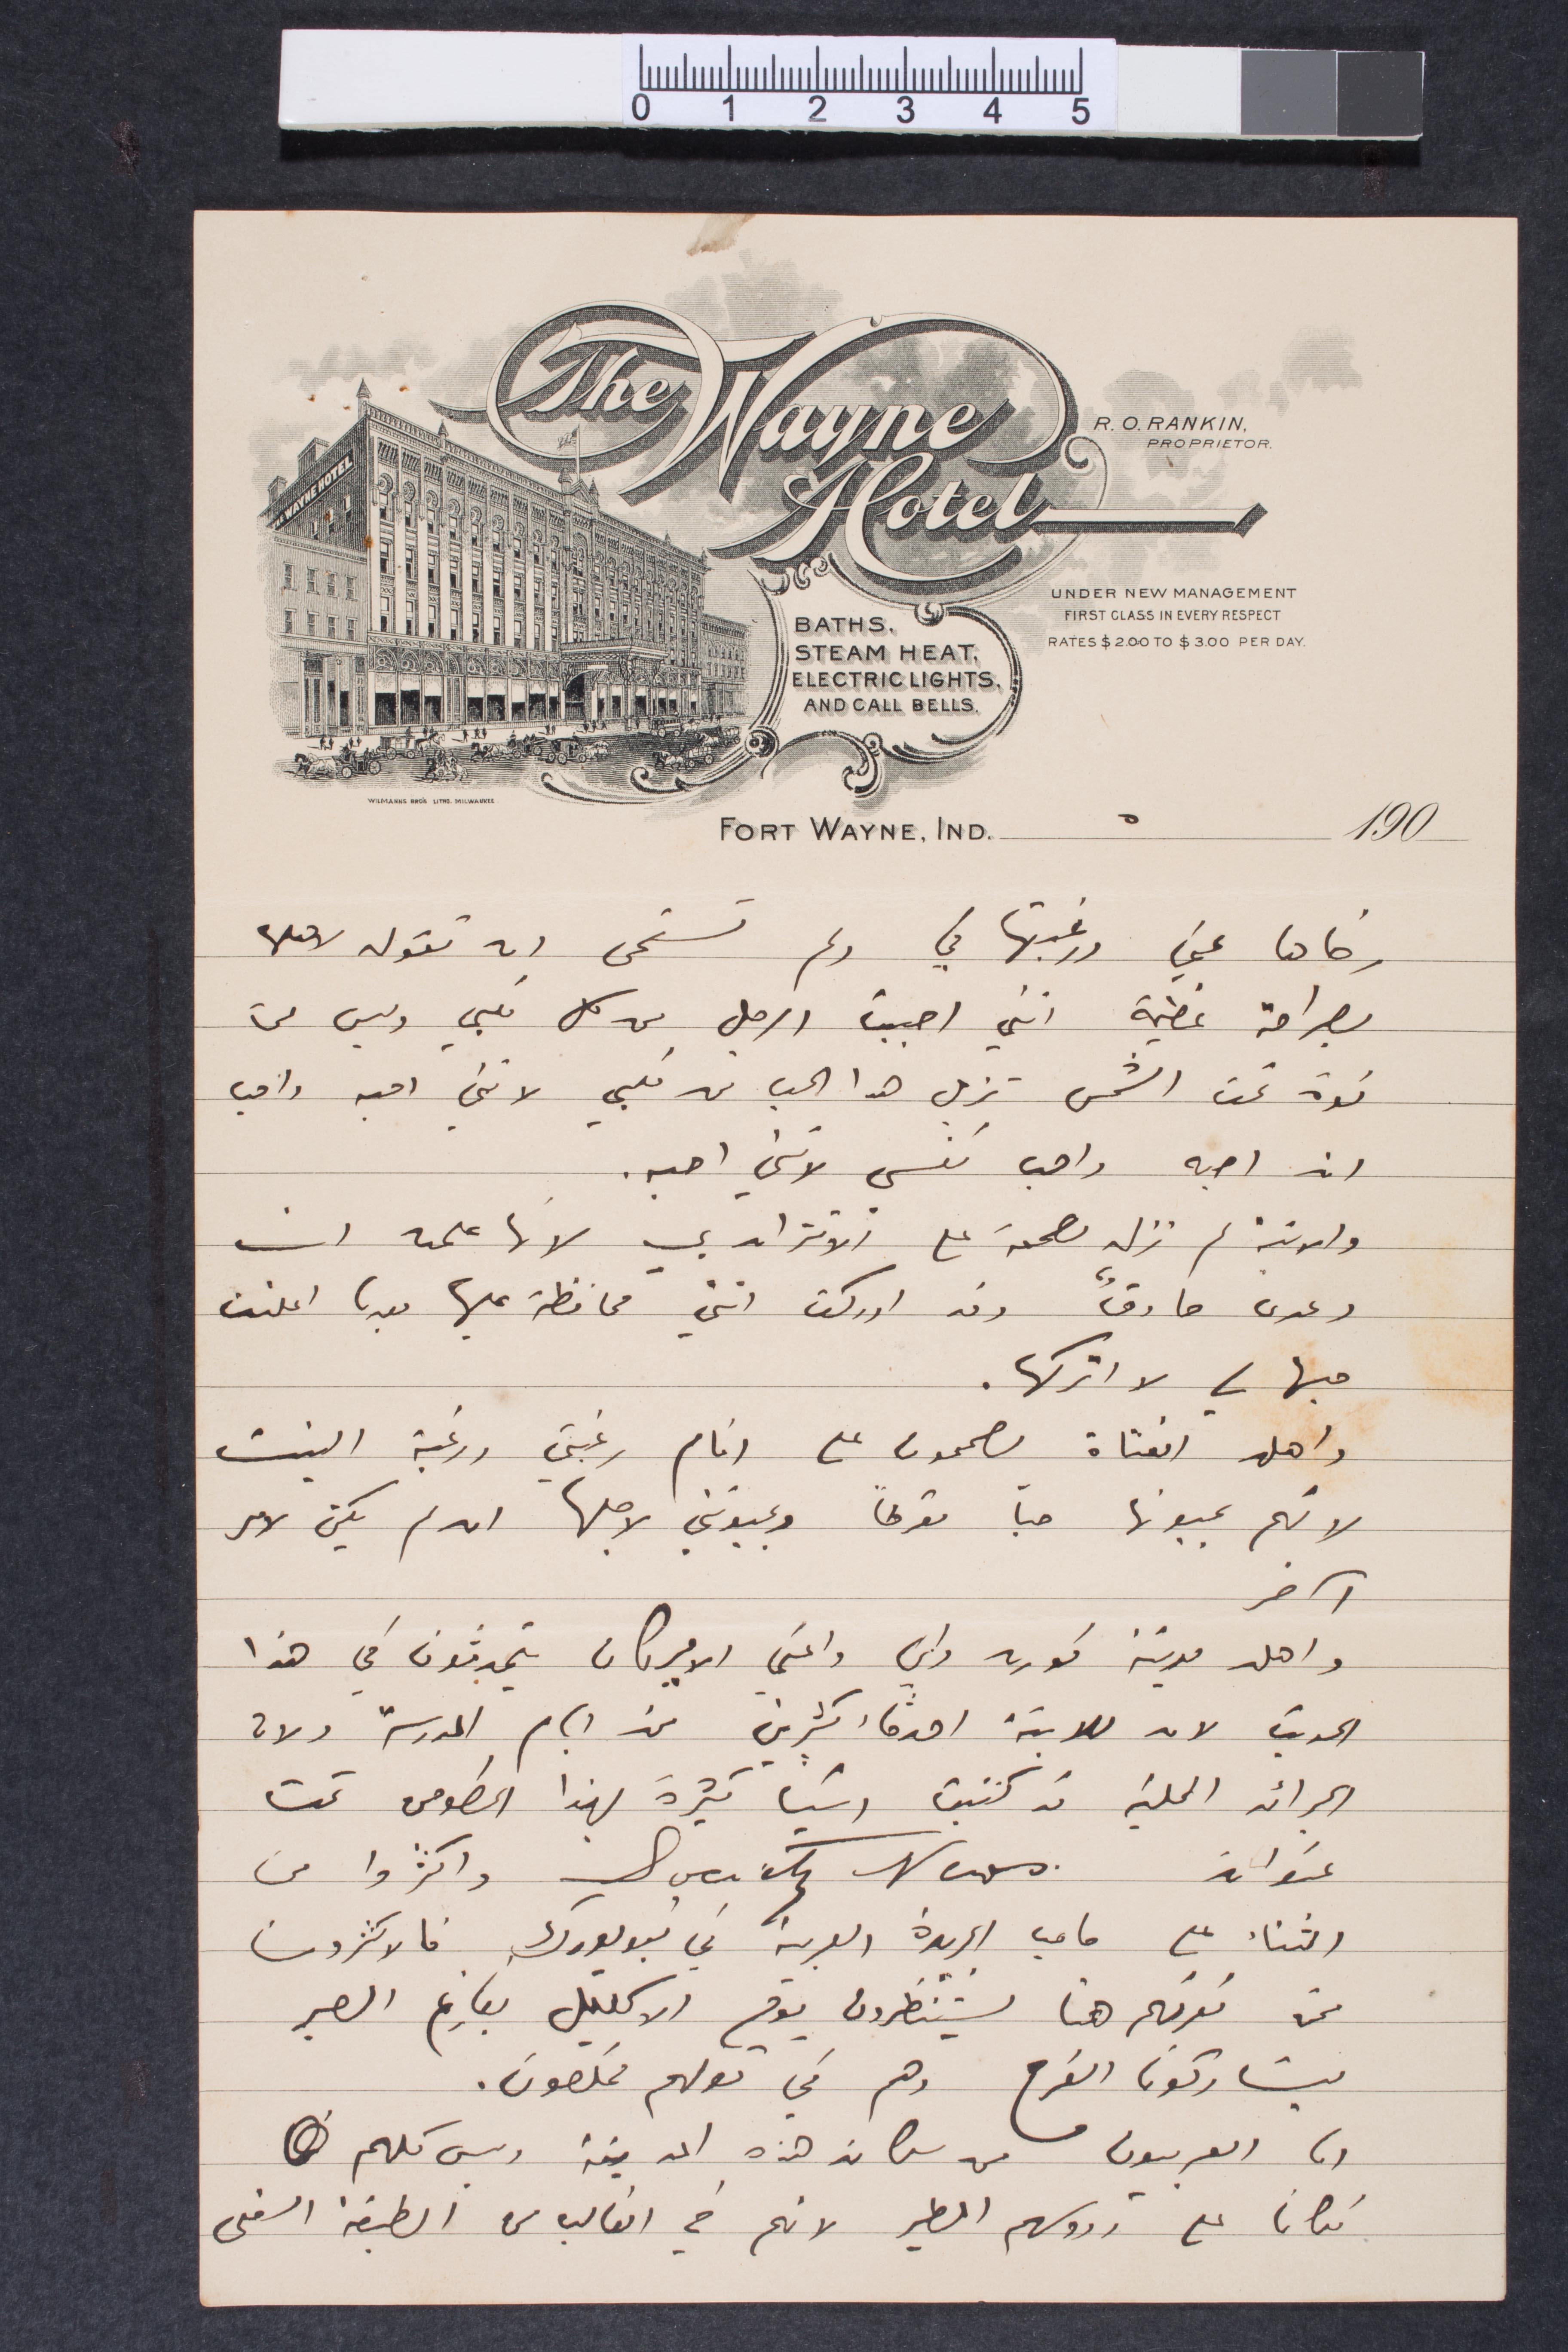
رضاها عني ورغبتها في ولم تستحي ان تقوله لاهلها
بصراحة عظيمة انني أحببت الرجل من كل قلبي وليس لي
قوة تحت الشمس تزيل هذا الحب في قلبي لانني احبه واحب
اني احبه واحب نفسي لاني احبه.
والانسة لم تزل مصممة على الاقتران بي لانها علمت ان
وعدي صادق وقد ادركت انني محافظة عليها بعد ان أعلنت
حبها لي لا اتركها.
واهل الفتاة مصممون على إتمام رغبتي ورغبة البنت
لانهم يحبونها حبا مفرطًا ويحبونني لاجلها ان لم يكن لامر
آخر
واهل مدينة كوره واني واعني الاميركان يتحدثون في هذا
الديث لان للابنة أصدقاء كثيرين من أيام الدرسة ولان
الجرائد المحلية قد كتبت أشياء كثيرة بهذا الخصوص تحت
عنوان
واكثروا من
الثناء على ما في الجريدة العربية في نيويورك الاكثرون
ممن نعرفهم هنا يستنطرون يوم الاكليل بفارغ الصبر
يشاركونا الفرح وهم في توقهم مخلصون.
ان العربيون من كانت هذه المدينة وليس كلهم
مكانًا على رؤوسهم الطير لانهم في الغالب من الطبقة السفلى